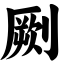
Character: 劂